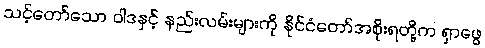
သင့်တော်သော ဝါဒနှင့် နည်းလမ်းများကို နိုင်ငံတော်အစိုးရတို့က ရှာဖွေ